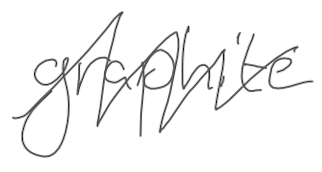
Text: graphite
Cross-out: mix
Writing tool: digital_gray